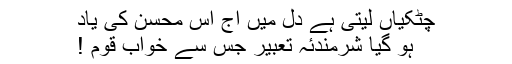
چٹکیاں لیتی ہے دل میں آج اُس محسن کی یاد
ہو گیا شرمندئہ تعبیر جس سے خوابِ قوم !